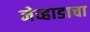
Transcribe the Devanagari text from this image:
नेव्हाडाचा